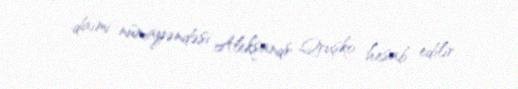
daimi nümayəndəsi Aleksandr Qruşko hesab edilir.